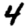
Digit: 4